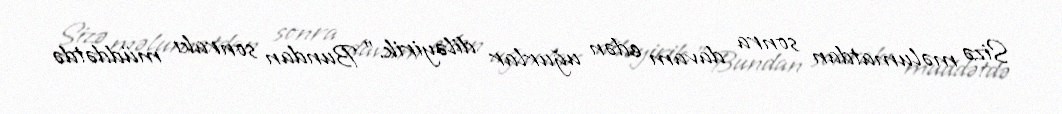
Sizə məlumatdan sonra davam edən uğurlar diləyirik.” Bundan sonrakı müddətdə